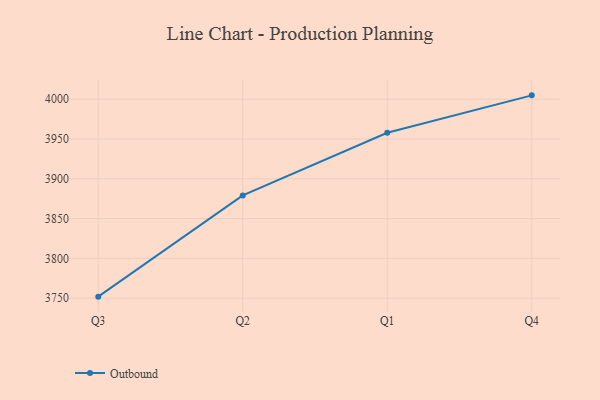
{"axis": {"x": "Quarter", "y": "Waste Production (Tons)"}, "legend": ["Outbound"], "data": [{"x": "Q3", "y": 3751.9, "type": "Outbound"}, {"x": "Q2", "y": 3879.1, "type": "Outbound"}, {"x": "Q1", "y": 3957.8, "type": "Outbound"}, {"x": "Q4", "y": 4004.8, "type": "Outbound"}]}